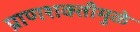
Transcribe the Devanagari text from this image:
प्राणशक्तीमुळे